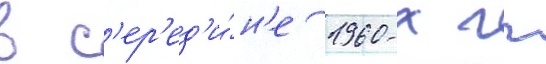
в с'ер'ед'и́н'е 1960-х гг